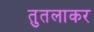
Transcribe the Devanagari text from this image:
तुतलाकर